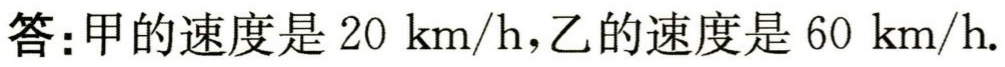
答：甲的速度是 \(20\mathrm{km/h}\)，乙的速度是 \(60\mathrm{km/h}\).